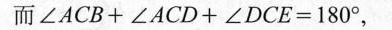
而 $$ ∠ ACB + ∠ ACD + ∠ DCE = 180°，